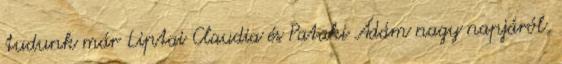
tudunk már Liptai Claudia és Pataki Ádám nagy napjáról,